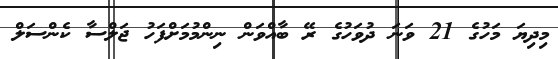
މިދިޔަ މަހުގެ 21 ވަނަ ދުވަހުގެ ރޭ ބާއްވަން ނިންމުމަށްފަހު ޖަލްސާ ކެންސަލް